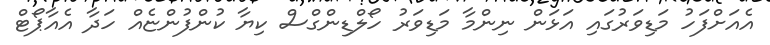
އެއަށްފަހު މަޑިވަރުގައި އަޅަން ނިންމާ މަޑިވަރު ހޯލްޑިންގްސް ކިޔާ ކުންފުންޏެއް ހަދާ އެއާޕޯޓް